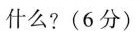
什么?(6分)